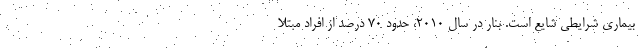
بیماری شرایطی شایع است. بنار در سال 2010، حدود 70 درصد از افراد مبتلا